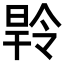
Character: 𭦝